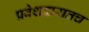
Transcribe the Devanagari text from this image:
प्रवेशद्वारातच